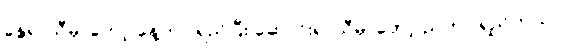
နွေရာသီမှာတော့ နေ့တာ ရှည်ပြီး ဆောင်းရာသီမှာတော့ ညတာ ရှည်တယ်။